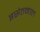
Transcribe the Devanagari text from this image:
इसेतमाल